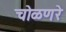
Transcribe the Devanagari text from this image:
चोळणरे